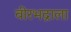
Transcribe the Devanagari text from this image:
वीरभद्राला